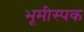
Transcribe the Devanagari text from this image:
भूमीस्पक